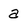
Character: a